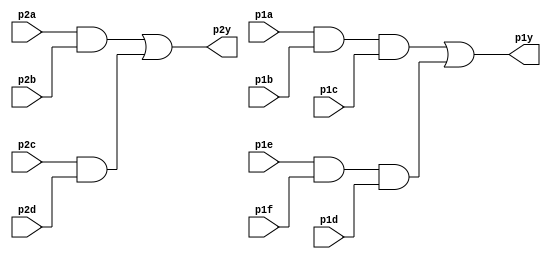
module top_module ( 
    input p1a, p1b, p1c, p1d, p1e, p1f,
    output p1y,
    input p2a, p2b, p2c, p2d,
    output p2y );
    wire p2x,p2z,p1x,p1z ;
    assign p2x = p2a&p2b;
    assign p2z = p2c&p2d;
    assign p1x = p1a&p1b&p1c;
    assign p1z = p1e&p1f&p1d;
    assign p1y = p1x|p1z;
    assign p2y = p2x|p2z; 

endmodule